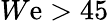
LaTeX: W\mathrm{e}>45